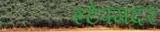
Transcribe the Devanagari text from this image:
स्टेपमदर